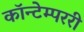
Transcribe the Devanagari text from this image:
कॉन्टेम्पररी